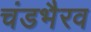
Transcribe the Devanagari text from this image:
चंडभैरव